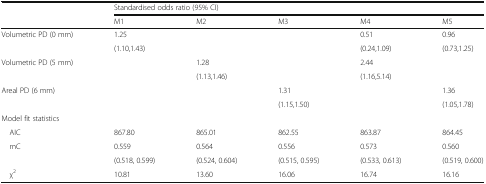
|  | <COLSPAN=5> Standardised odds ratio (95% CI) |
 |  | M1 | M2 | M3 | M4 | M5 |
 | --- | --- | --- | --- | --- | --- |
 | Volumetric PD (0 mm) | 1.25 |  |  | 0.51 | 0.96 |
 |  | <COLSPAN=2> (1.10,1.43) |  | (0.24,1.09) | (0.73,1.25) |
 | Volumetric PD (5 mm) |  | 1.28 |  | 2.44 |  |
 |  |  | <COLSPAN=2> (1.13,1.46) | (1.16,5.14) |  |
 | Areal PD (6 mm) |  |  | 1.31 |  | 1.36 |
 |  |  |  | <COLSPAN=2> (1.15,1.50) | (1.05,1.78) |
 | Model fit statistics |  |  |  |  |  |
 | AIC | 867.80 | 865.01 | 862.55 | 863.87 | 864.45 |
 | mC | 0.559 | 0.564 | 0.556 | 0.573 | 0.560 |
 |  | (0.518, 0.599) | (0.524, 0.604) | (0.515, 0.595) | (0.533, 0.613) | (0.519, 0.600) |
 | χ2 | 10.81 | 13.60 | 16.06 | 16.74 | 16.16 |